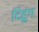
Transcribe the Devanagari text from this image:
दिहुंग